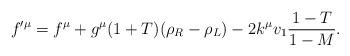
LaTeX: \begin{align*}f'^\mu=f^\mu+g^\mu(1+T)(\rho_R-\rho_L)-2k^\mu v_1\frac{1-T}{1-M}.\end{align*}